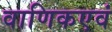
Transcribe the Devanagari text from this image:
वाणिकएवं